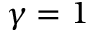
\gamma = 1